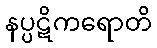
နပ္ပဋိကရောတိ